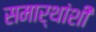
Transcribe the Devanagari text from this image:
समार्थांशी